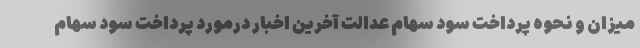
میزان و نحوه پرداخت سود سهام عدالت آخرین اخبار درمورد پرداخت سود سهام